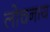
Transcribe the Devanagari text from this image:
लोचनाय